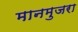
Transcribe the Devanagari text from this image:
मानमुजरा